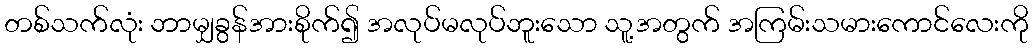
တစ်သက်လုံး ဘာမျှခွန်အားစိုက်၍ အလုပ်မလုပ်ဘူးသော သူ့အတွက် အကြမ်းသမားကောင်လေးကို